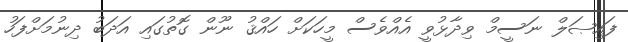
ފައިޞަލް ނަސީމް ވިދާޅުވީ އެއްވެސް މީހަކަށް ހައްޤު ނޫން ގޮތުގައި އަދަބު ދިނުމަށްފަހު